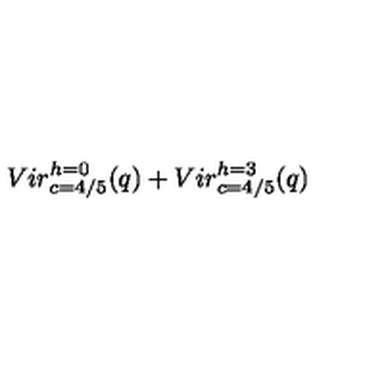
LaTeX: { V i r _ { c = 4 / 5 } ^ { h = 0 } ( q ) + V i r _ { c = 4 / 5 } ^ { h = 3 } ( q ) }